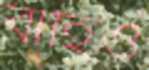
বাহিও